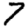
Digit: 7